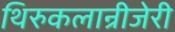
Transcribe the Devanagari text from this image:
थिरुकलान्रीजेरी